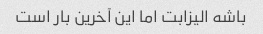
باشه الیزابت اما این آخرین بار است